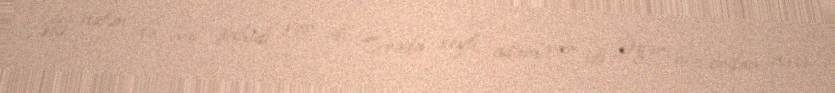
İki nəfər də hal şahidi var idi. Orada xeyli adam var idi. Əgər biz ordan nəsə